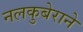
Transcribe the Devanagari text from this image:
नलकुबेराने